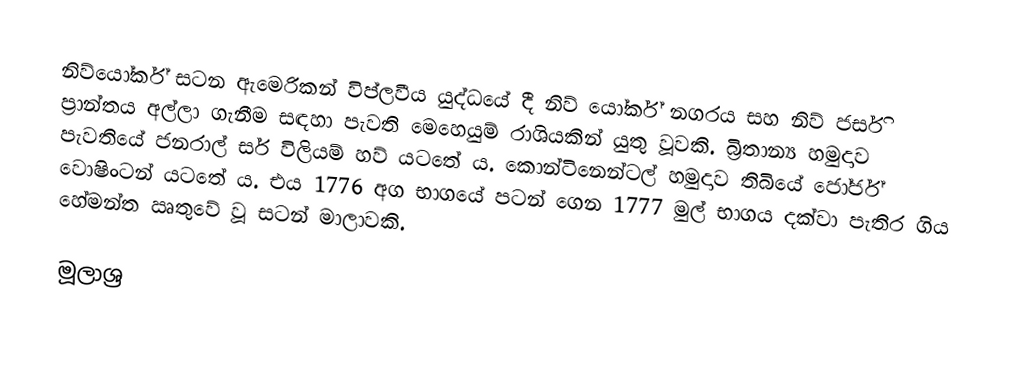
නිව්යෝර්ක් සටන ඇමෙරිකන් විප්ලවීය යුද්ධයේ දී නිව් යෝර්ක් නගරය සහ නිව් ජර්සි ප්‍රාන්තය අල්ලා ගැනීම සඳහා පැවති මෙහෙයුම් රාශියකින් යුතු වූවකි. බ්‍රිතාන්‍ය හමුදාව පැවතියේ ජනරාල් සර් විලියම් හව් යටතේ ය. කොන්ටිනෙන්ටල් හමුදාව තිබියේ ජෝර්ජ් වොෂිංටන් යටතේ ය. එය 1776 අග භාගයේ පටන් ගෙන 1777 මුල් භාගය දක්වා පැතිර ගිය හේමන්ත ඍතුවේ වූ සටන් මාලාවකි.

මූලාශ්‍ර